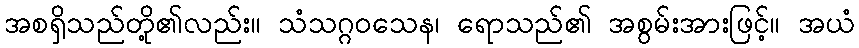
အစရှိသည်တို့၏လည်း။ သံသဂ္ဂဝသေန၊ ရောသည်၏ အစွမ်းအားဖြင့်။ အယံ